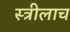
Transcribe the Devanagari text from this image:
स्त्रीलाच